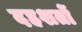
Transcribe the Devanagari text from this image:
दहशतों